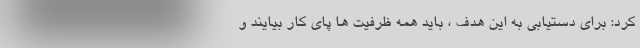
کرد: برای دستیابی به این هدف ، باید همه ظرفیت ها پای کار بیایند و